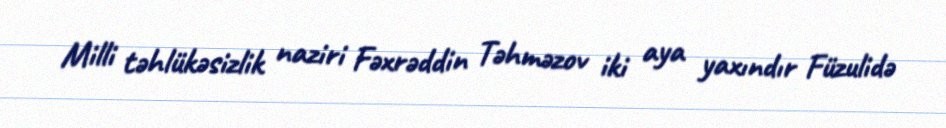
Milli təhlükəsizlik naziri Fəxrəddin Təhməzov iki aya yaxındır Füzulidə